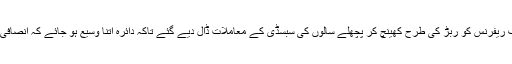
بجائے استعفے دینے کے انکوائری کمیشن کے ٹرمز آف ریفرنس کو ربڑ کی طرح کھینچ کر پچھلے سالوں کی سبسڈی کے معاملات ڈال دیے گئے تاکہ دائرہ اتنا وسیع ہو جائے کہ انصافی سرکار اور ان کے چہیتوں کی پردہ پوشی کی جا سکے۔